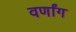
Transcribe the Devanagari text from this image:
वर्णांग